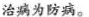
治骗为防病。